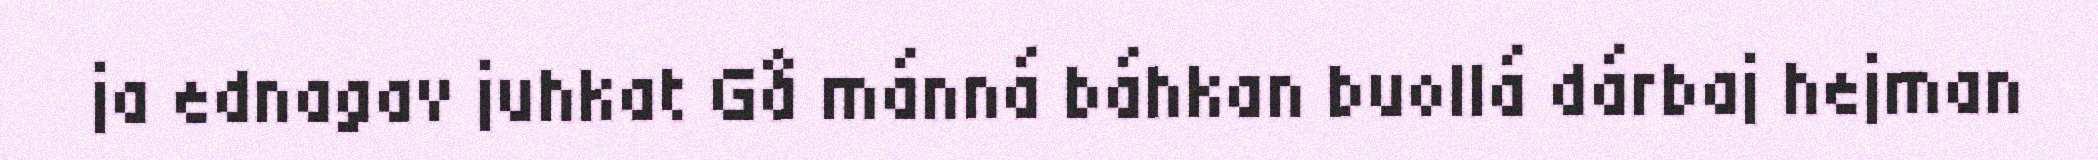
ja ednagav juhkat Gå mánná báhkan buollá dárbaj hejman